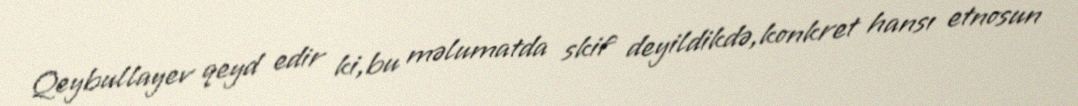
Qeybullayev qeyd edir ki,bu məlumatda skif deyildikdə,konkret hansı etnosun